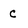
Character: c